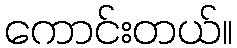
ကောင်းတယ်။